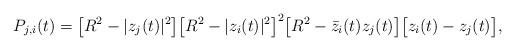
LaTeX: \begin{align*}P_{j,i}(t) = \big[R^2-\vert z_j(t)\vert^2\big]\big[R^2-\vert z_i(t)\vert^2\big]^2\big[R^2-\bar{z}_i(t)z_j(t)\big]\big[z_i(t)-z_j(t)\big],\end{align*}